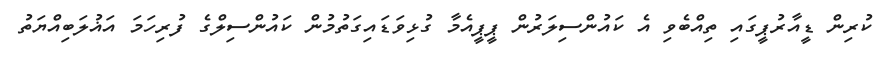
ކުރިން ޑީއާރުޕީގައި ތިއްބެވި އެ ކައުންސިލަރުން ޕީޕީއެމާ ގުޅިވަޑައިގަތުމުން ކައުންސިލްގެ ފުރިހަމަ އަޣުލަބިއްޔަތު